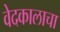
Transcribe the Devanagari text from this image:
वेदकालाचा